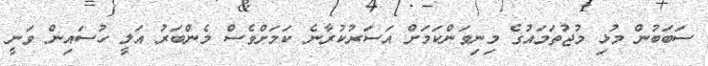
ސަބަބުން މުޅި މުޖުތަމައުގެ މިނިވަންކަމަށް އަސަރުކުރާނެ ކަމަށްވެސް މެންބަރު އަލީ ހުސައިން ވަނީ